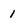
Character: 1